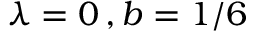
\lambda = 0 \, , b = 1 / 6